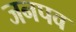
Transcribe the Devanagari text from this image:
जनपव